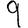
Digit: 9